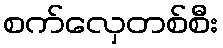
စက်လှေတစ်စီး